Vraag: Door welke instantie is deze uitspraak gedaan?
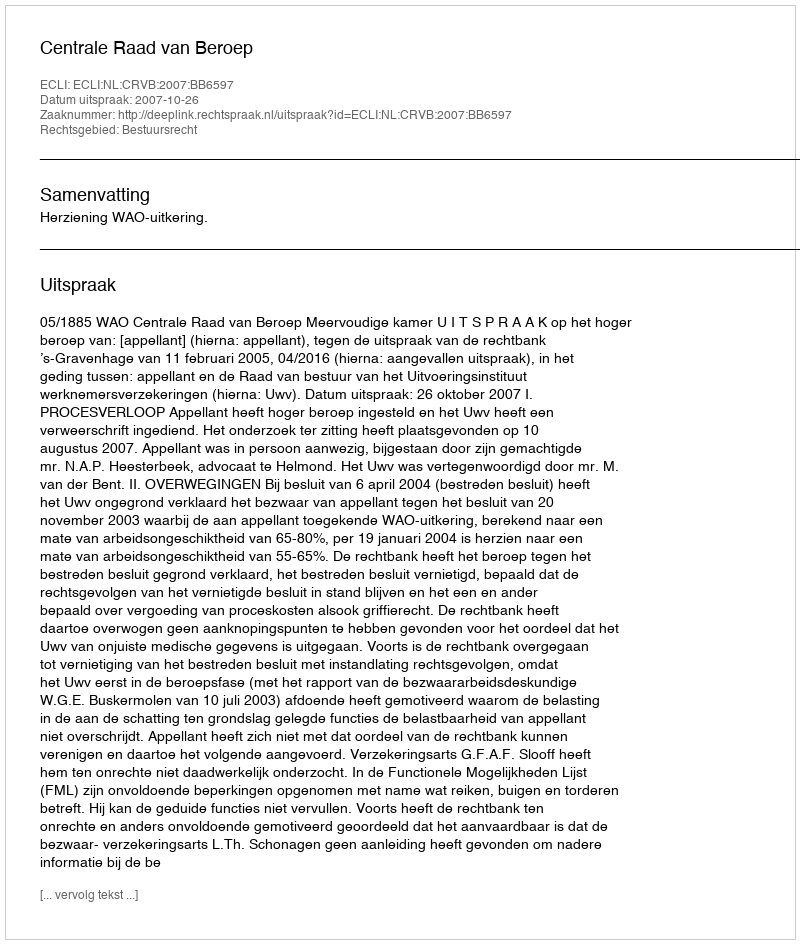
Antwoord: Centrale Raad van Beroep